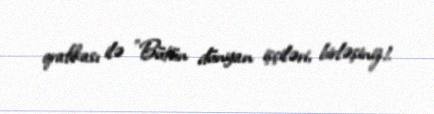
qrafikası ilə "Bütün dünyan işçiləri, birləşiniz!.